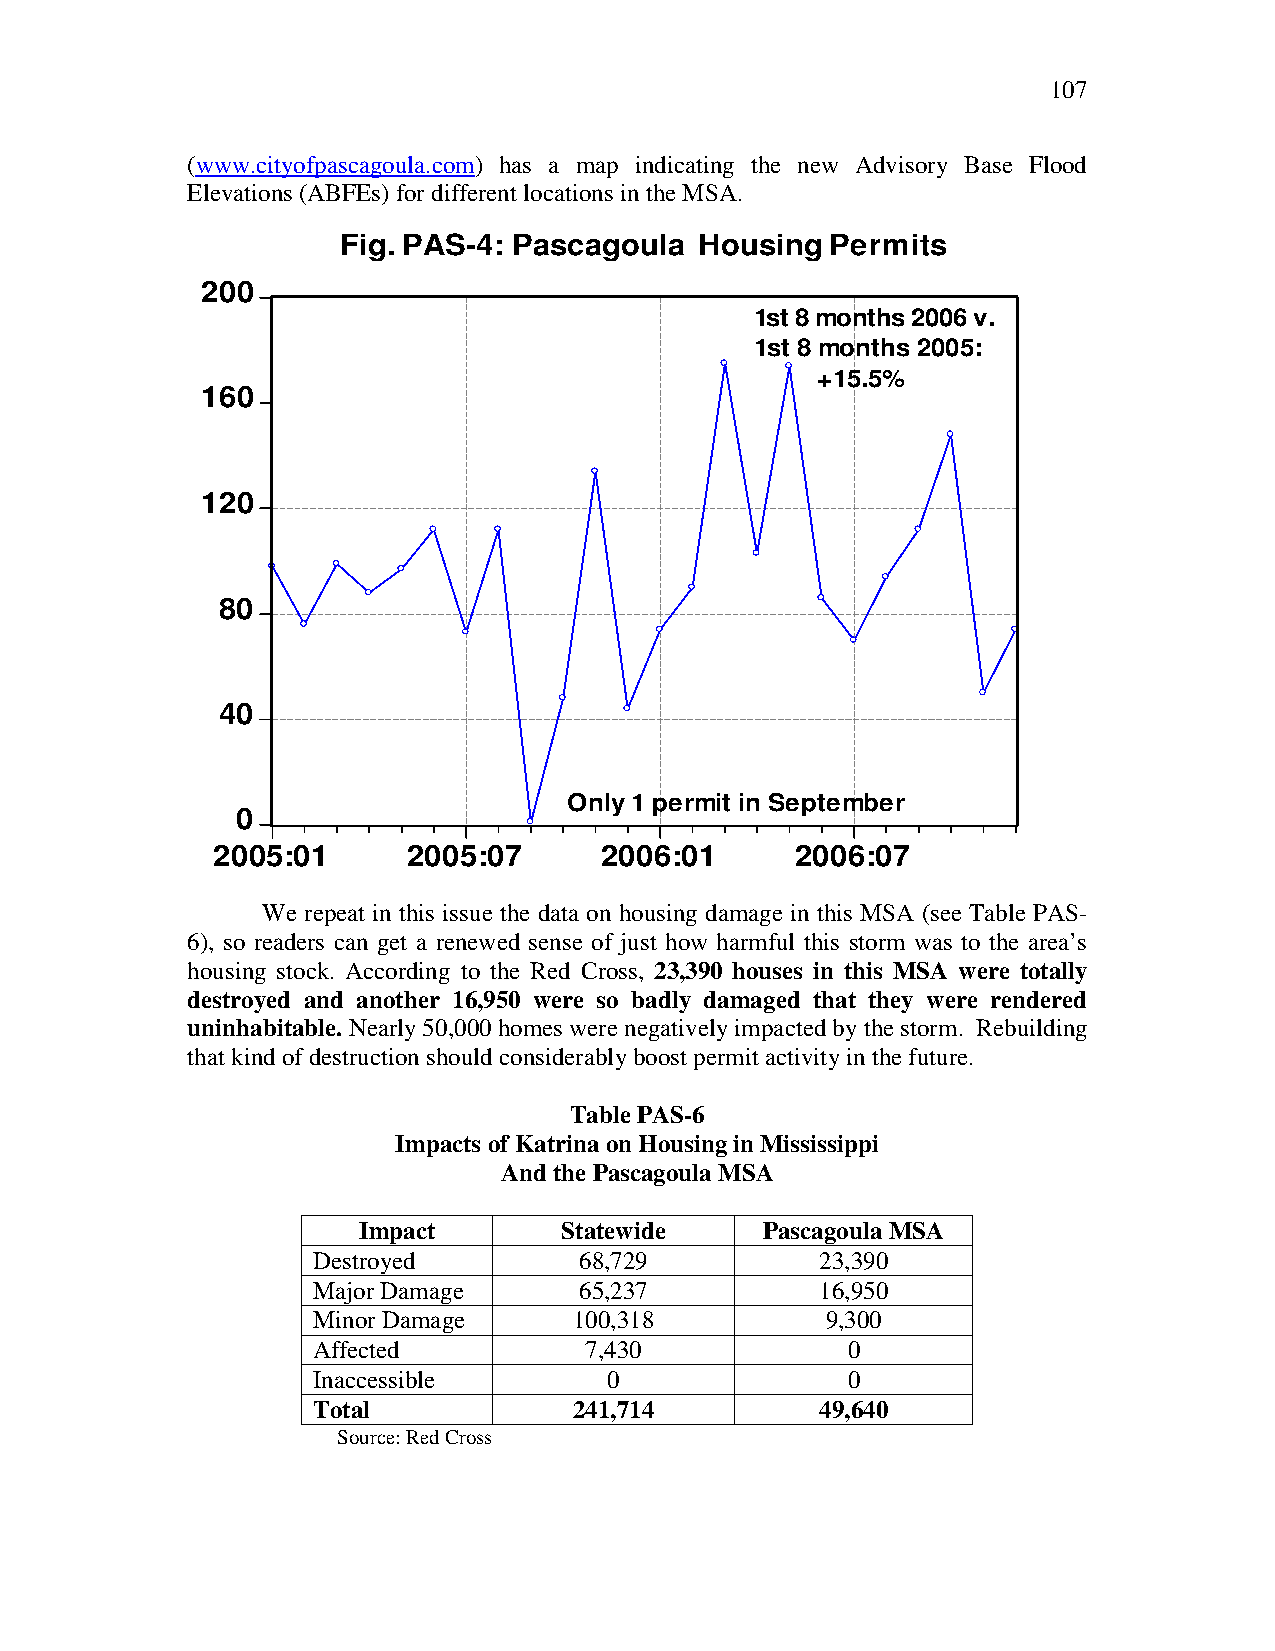
107
 (www.cityofpascagoula.com) has a map indicating the new Advisory Base Flood
 Elevations (ABFEs) for different locations in the MSA.
 Fig. PAS-4: Pascagoula Housing  Permits
 200
 1st 8 months 2006 v.
 1st 8 months 2005:
 +15.5%
 160
 120
 80
 40
 Only 1 permit in September
 0
 2005:01      2005:07      2006:01      2006:07
 We repeat in this issue the data on housing damage in this MSA (see Table PAS-
 6), so readers can get a renewed sense of just how harmful this storm was to the area’s
 housing stock. According to the Red Cross, 23,390 houses in this MSA were totally
 destroyed and another 16,950 were so badly damaged that they were rendered
 uninhabitable. Nearly 50,000 homes were negatively impacted by the storm. Rebuilding
 that kind of destruction should considerably boost permit activity in the future.
 Table PAS-6
 Impacts of Katrina on Housing in Mississippi
 And the Pascagoula MSA
 Impact       Statewide     Pascagoula MSA
 Destroyed        68,729          23,390
 Major Damage     65,237          16,950
 Minor Damage     100,318          9,300
 Affected          7,430            0
 Inaccessible       0               0
 Total            241,714         49,640
 Source: Red Cross